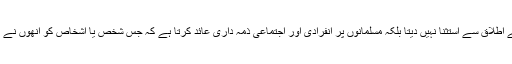
جیسا کہ تفصیل سے واضح کیا گیا ،اسلامی قانون سفیروں کو قانون کے اطلاق سے استثنا نہیں دیتا بلکہ مسلمانوں پر انفرادی اور اجتماعی ذمہ داری عائد کرتا ہے کہ جس شخص یا اشخاص کو انھوں نے امان دی ہے اس کے جان و مال اور دوسرے حقوق کی حفاظت کریں ۔